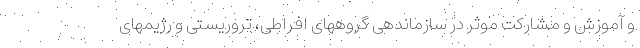
و آموزش و مشارکت موثر در سازماندهی گروههای افراطی، تروریستی و رژیمهای